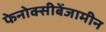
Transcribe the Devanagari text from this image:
फेनोक्सीबेंजामीन